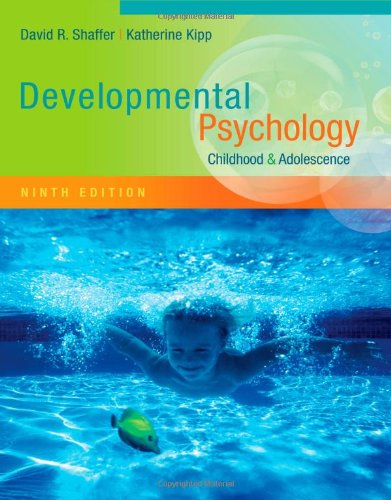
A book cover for Developmental Psychology: Childhood and Adolescence; David R. Shaffer; Medical Books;